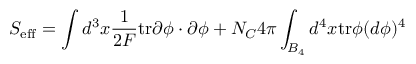
S _ { \mathrm { e f f } } = \int d ^ { 3 } x \frac { 1 } { 2 F } \mathrm { t r } \partial \phi \cdot \partial \phi + { N _ { C } } { 4 \pi } \int _ { B _ { 4 } } d ^ { 4 } x \mathrm { t r } \phi ( d \phi ) ^ { 4 }